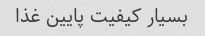
بسیار کیفیت پایین غذا